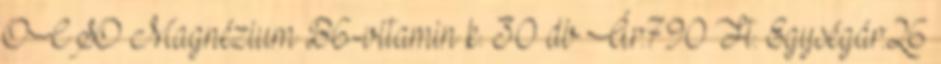
OCSO Magnézium B6-vitamin k. 30 db Ár:790 Ft. Egységár:26